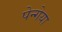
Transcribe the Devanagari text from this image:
पेन्गेया